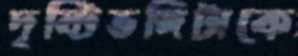
দৃষ্টিভঙ্গিটাকে